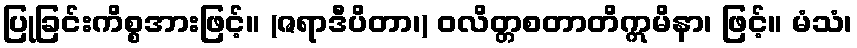
ပြုခြင်းကိစ္စအားဖြင့်။ (ဇရာဒီပိတာ၊) ဝလိတ္တစတာတိဣမိနာ၊ ဖြင့်။ မံသံ၊